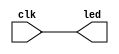
module blink(output reg led, input clk);\n    assign led = clk;\nendmodule